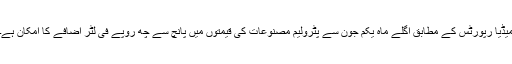
میڈیا رپورٹس کے مطابق اگلے ماہ یکم جون سے پٹرولیم مصنوعات کی قیمتوں میں پانچ سے چھ روپے فی لٹر اضافے کا امکان ہے۔